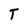
Character: T